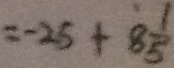
= - 2 5 + 8 \frac { 1 } { 5 }